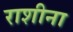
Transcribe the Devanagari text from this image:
राशीना